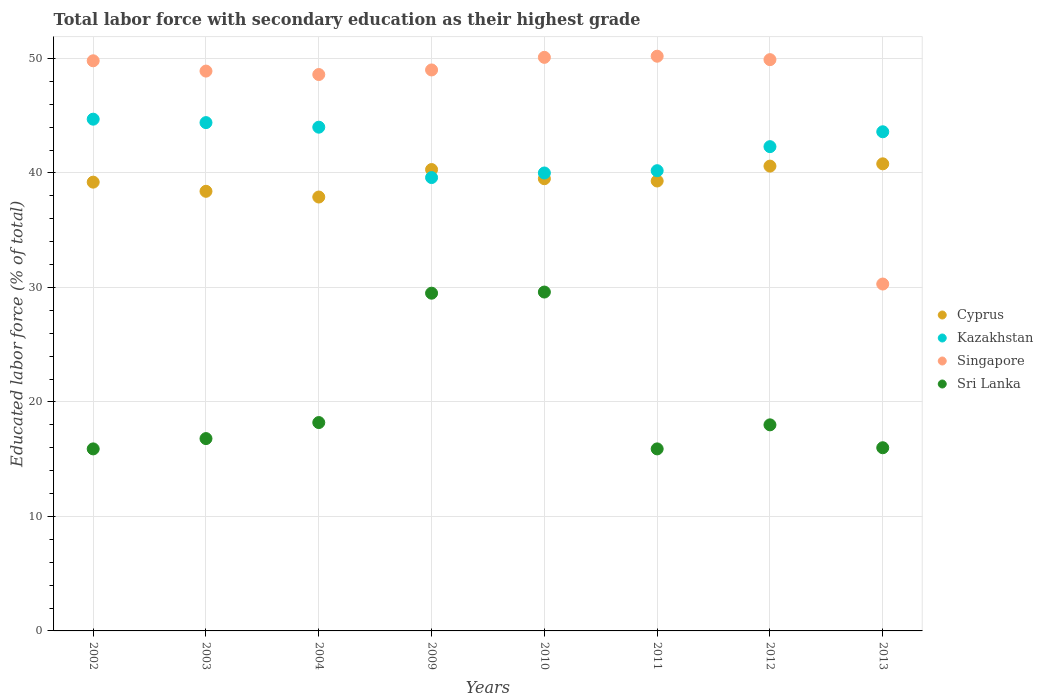
| Years | Cyprus | Kazakhstan | Singapore | Sri Lanka |
 | --- | --- | --- | --- | --- |
 | 2002 | 39.2 | 44.7 | 49.8 | 15.9 |
 | 2003 | 38.4 | 44.4 | 48.9 | 16.8 |
 | 2004 | 37.9 | 44 | 48.6 | 18.2 |
 | 2009 | 40.3 | 39.6 | 49 | 29.5 |
 | 2010 | 39.5 | 40 | 50.1 | 29.6 |
 | 2011 | 39.3 | 40.2 | 50.2 | 15.9 |
 | 2012 | 40.6 | 42.3 | 49.9 | 18 |
 | 2013 | 40.8 | 43.6 | 30.3 | 16 |